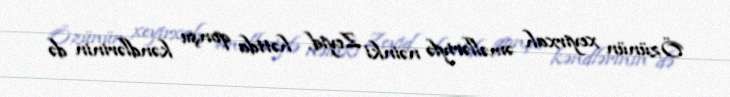
Özünün xeyirxah əməlləriylə nəinki Zeyid, həttda qonşu kəndlərinin də